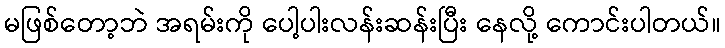
မဖြစ်တော့ဘဲ အရမ်းကို ပေါ့ပါးလန်းဆန်းပြီး နေလို့ ကောင်းပါတယ်။